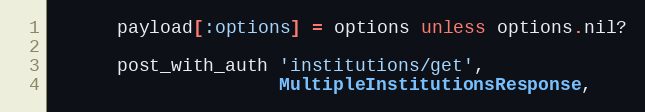
Language: Ruby
      payload[:options] = options unless options.nil?

      post_with_auth 'institutions/get',
                     MultipleInstitutionsResponse,